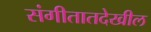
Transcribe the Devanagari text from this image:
संगीतातदेखील